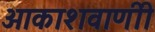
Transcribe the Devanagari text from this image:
आकाशवाणीी